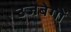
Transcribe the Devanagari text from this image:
उजबेगों